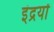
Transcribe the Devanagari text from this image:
इंद्रयों